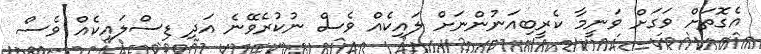
އެގޮތަށް ވަގަށް ވަނީމާ ކެރީބިއަނުންނަށް ލައިކެއް ވެސް ނުކުރެވޭނެ އަދި ޑިސްލައިކެއް ވެސް